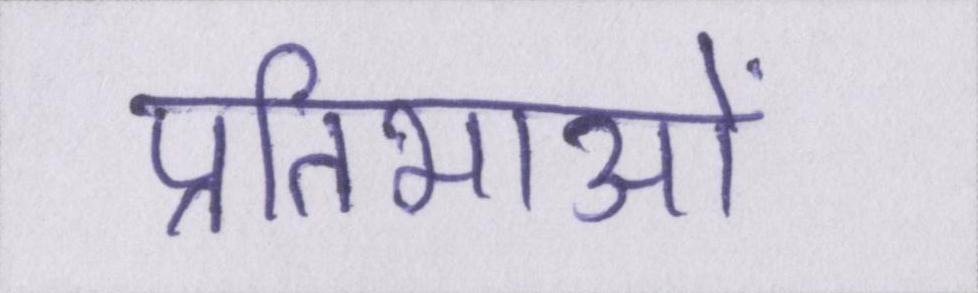
प्रतिभाओं